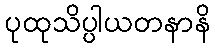
ပုထုသိပ္ပါယတနာနိ